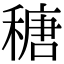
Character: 䅯